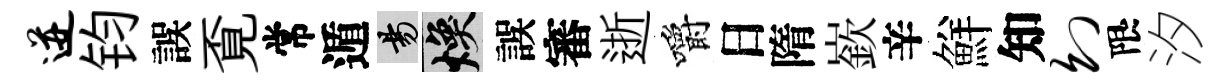
迸钧誤覔常遁昜焕誤審逝嚼日隋嶔辛鮮知幻限汐